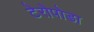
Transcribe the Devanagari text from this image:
टेरोपोडा